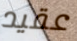
عقيد